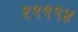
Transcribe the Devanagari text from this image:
१९९९४